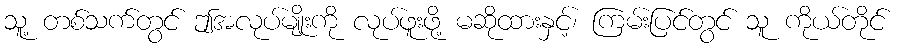
သူ့ တစ်သက်တွင် ဤအလုပ်မျိုးကို လုပ်ဖူးဖို့ မဆိုထားနှင့်၊ ကြမ်းပြင်တွင် သူ ကိုယ်တိုင်